Civil Veterinary Department. Madras. Admin. report 1910-25 - 1910-1925
Year: 1910
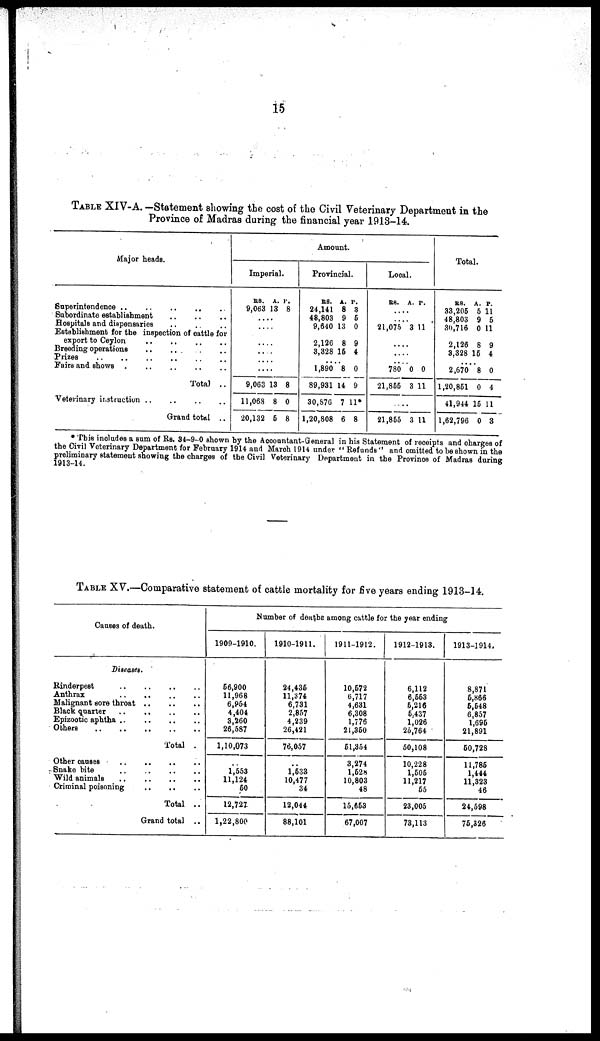
15
TABLE XIV-A. —Statement showing the cost of the Civil Veterinary Department in the
Province of Madras during the financial year 1913-14.
Major heads.
Superintendence ............
Subordinate establishment ......
Hospitals and dispensaries ......
Establishment for the inspection of cattle for
export to Ceylon ........
Breeding operations ........
Prizes ..............
Fairs and shows ..........
Total ..
Veterinary instruction ..........
Grand total ..
Amount.
Imperial.
RS.
9,063
A.
13
P
8
....
.....
......
......
.....
....
9,063
11,068
20,132
13
8
5
8
0
8
Provincial.
RS.
24,141
48,803
9,640
2,126
3,328
A.
8
9
13
8
15
P.
3
5
0
9
4
....
1,890
89,931
30,876
1,20,808
8
14
7
6
0
9
11*
8
Local.
RS.
A. P.
....
....
21,075 3 11
....
....
....
780
21,855
0
3
0
11
....
21,855 3 11
Total.
RS.
33,205
48,803
30,716
2,126
3,328
A.
5
9
0
8
15
P.
11
5
11
9
4
....
2,670
1,20,851
41,944
1,62,796
8
0
15
0
0
4
11
3
*This includes a sum of Rs. 34-9-0 shown by the Accountant-General in his Statement of receipts and charges of
the Civil Veterinary Department for February 1914 and March 1914 under "Refunds" and omitted to be shown in the
preliminary statement showing the charges of the Civil Veterinary Department in the Province of Madras during
1913-14.
TABLE XV.—Comparative statement of cattle mortality for five years ending 1913-14.
Causes of death.
Diseases.
Rinderpest .. .. .. ..
Anthrax .. .. .. ..
Malignant sore throat
Black quarter ........
Epizootic aphtha .. .. .. ..
Others .. .. .. .. ..
Total .
Other causes .. .. .. ..
Snake bite .. .. .. ..
Wild animals .. .. .. ..
Criminal poisoning .. .. ..
Total ..
Grand total ..
Number of deaths among cattle for the year ending
1909-1910.
56,900
11,968
6,954
4,404
3,260
26,587
1,10,073
..
1,553
11,124
50
12,727
1,22,800
1910-1911.
24,435
11,374
6,731
2,857
4,239
26,421
76,057
..
1,533
10,477
34
12,044
88,101
1911-1912.
10,572
6,717
4,631
6,308
1,776
21,350
51,354
3,274
1,528
10,803
48
15,653
67,007
1912-1913.
6,112
6,553
5,216
5,437
1,026
25,764
50,108
10,228
1,505
11,217
55
23,005
73,113
1913-1914.
8,871
5,866
5,548
6,857
1,695
21,891
50,728
11,785
1,444
11,323
46
24,598
75,326